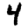
Digit: 4